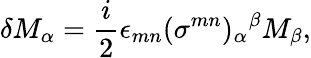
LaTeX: \delta M_{\alpha}=\frac{i}{2}\epsilon_{mn}(\sigma^{mn})_{\alpha}{}^{\beta}M_{\beta},